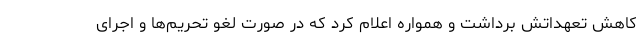
کاهش تعهداتش برداشت و همواره اعلام کرد که در صورت لغو تحریم‌ها و اجرای